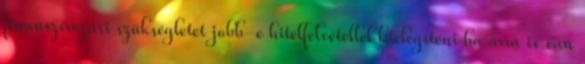
finanszírozási szükségletet jobb-e hitelfelvétellel kielégíteni ha arra is van